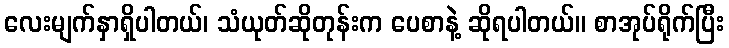
လေးမျက်နှာရှိပါတယ်၊ သံယုတ်ဆိုတုန်းက ပေစာနဲ့ ဆိုရပါတယ်။ စာအုပ်ရိုက်ပြီး